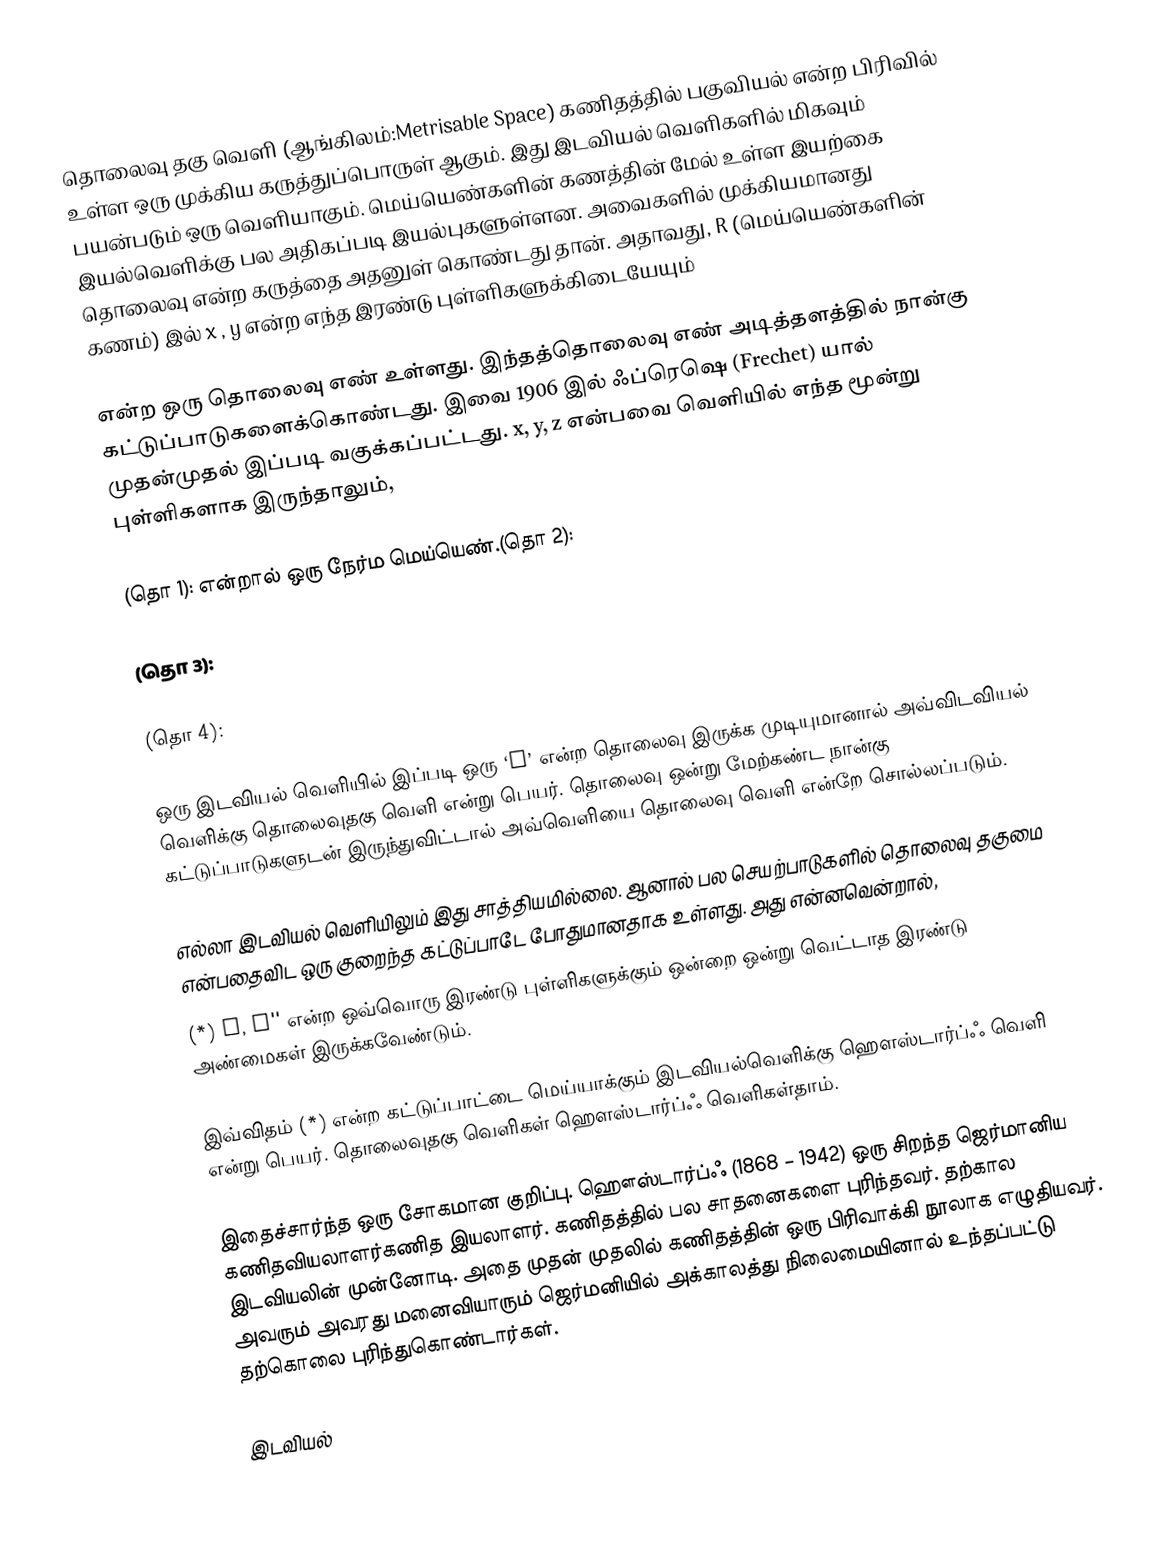
தொலைவு தகு வெளி (ஆங்கிலம்:Metrisable Space) கணிதத்தில் பகுவியல் என்ற பிரிவில் உள்ள ஒரு முக்கிய கருத்துப்பொருள் ஆகும். இது இடவியல் வெளிகளில் மிகவும் பயன்படும் ஒரு வெளியாகும். மெய்யெண்களின் கணத்தின் மேல் உள்ள இயற்கை இயல்வெளிக்கு பல அதிகப்படி இயல்புகளுள்ளன. அவைகளில் முக்கியமானது தொலைவு என்ற கருத்தை அதனுள் கொண்டது தான்.  அதாவது, R (மெய்யெண்களின் கணம்) இல்  x , y  என்ற எந்த இரண்டு புள்ளிகளுக்கிடையேயும்

என்ற ஒரு தொலைவு எண் உள்ளது.  இந்தத்தொலைவு எண் அடித்தளத்தில் நான்கு கட்டுப்பாடுகளைக்கொண்டது. இவை  1906 இல் ஃப்ரெஷெ (Frechet) யால் முதன்முதல் இப்படி வகுக்கப்பட்டது.  x, y, z  என்பவை வெளியில் எந்த மூன்று புள்ளிகளாக இருந்தாலும்,

(தொ 1):    என்றால்   ஒரு நேர்ம மெய்யெண்.(தொ 2):

(தொ 3):

(தொ 4):

ஒரு இடவியல் வெளியில் இப்படி ஒரு  ‘d’ என்ற தொலைவு இருக்க முடியுமானால் அவ்விடவியல் வெளிக்கு தொலைவுதகு வெளி என்று பெயர். தொலைவு ஒன்று மேற்கண்ட நான்கு கட்டுப்பாடுகளுடன் இருந்துவிட்டால் அவ்வெளியை தொலைவு வெளி என்றே சொல்லப்படும்.

எல்லா இடவியல் வெளியிலும் இது சாத்தியமில்லை. ஆனால் பல செயற்பாடுகளில் தொலைவு தகுமை என்பதைவிட ஒரு குறைந்த கட்டுப்பாடே போதுமானதாக உள்ளது. அது என்னவென்றால்,
(*)  p, q''  என்ற ஒவ்வொரு இரண்டு புள்ளிகளுக்கும் ஒன்றை ஒன்று வெட்டாத இரண்டு அண்மைகள் இருக்கவேண்டும்.

இவ்விதம் (*) என்ற கட்டுப்பாட்டை மெய்யாக்கும் இடவியல்வெளிக்கு  ஹௌஸ்டார்ப்ஃ வெளி என்று பெயர்.  தொலைவுதகு வெளிகள் ஹௌஸ்டார்ப்ஃ வெளிகள்தாம்.

இதைச்சார்ந்த ஒரு சோகமான குறிப்பு. ஹௌஸ்டார்ப்ஃ (1868 – 1942) ஒரு சிறந்த ஜெர்மானிய கணிதவியலாளர்கணித இயலாளர். கணிதத்தில் பல சாதனைகளை புரிந்தவர். தற்கால இடவியலின் முன்னோடி.  அதை முதன் முதலில் கணிதத்தின் ஒரு பிரிவாக்கி நூலாக எழுதியவர்.  அவரும் அவரது மனைவியாரும் ஜெர்மனியில் அக்காலத்து நிலைமையினால் உந்தப்பட்டு தற்கொலை புரிந்துகொண்டார்கள்.

இடவியல்